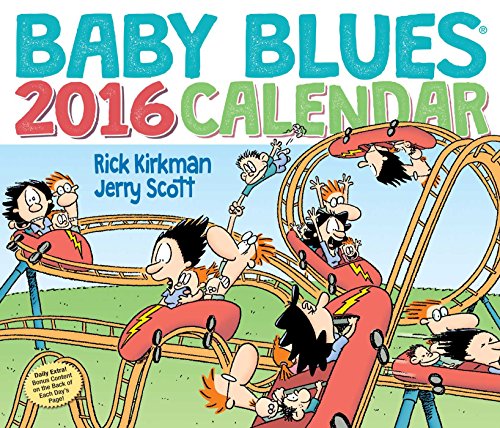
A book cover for Baby Blues 2016 Day-to-Day Calendar; Rick Kirkman; Calendars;